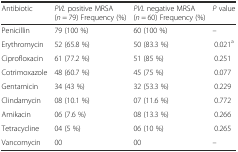
<table><thead><tr><td><b>Antibiotic</b></td><td><b><i>PVL</i> positive MRSA (<i>n</i> = 79) Frequency (%)</b></td><td><b><i>PVL</i> negative MRSA (<i>n</i> = 60) Frequency (%)</b></td><td><b><i>P</i> value</b></td></tr></thead><tbody><tr><td>Penicillin</td><td>79 (100 %)</td><td>60 (100 %)</td><td>–</td></tr><tr><td>Erythromycin</td><td>52 (65.8 %)</td><td>50 (83.3 %)</td><td>0.021<sup>a</sup></td></tr><tr><td>Ciprofloxacin</td><td>61 (77.2 %)</td><td>51 (85 %)</td><td>0.251</td></tr><tr><td>Cotrimoxazole</td><td>48 (60.7 %)</td><td>45 (75 %)</td><td>0.077</td></tr><tr><td>Gentamicin</td><td>34 (43 %)</td><td>32 (53.3 %)</td><td>0.229</td></tr><tr><td>Clindamycin</td><td>08 (10.1 %)</td><td>07 (11.6 %)</td><td>0.772</td></tr><tr><td>Amikacin</td><td>06 (7.6 %)</td><td>08 (13.3 %)</td><td>0.266</td></tr><tr><td>Tetracycline</td><td>04 (5 %)</td><td>06 (10 %)</td><td>0.265</td></tr><tr><td>Vancomycin</td><td>00</td><td>00</td><td>–</td></tr></tbody></table>